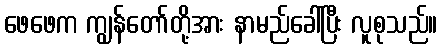
ဖေဖေက ကျွန်တော်တို့အား နာမည်ခေါ်ပြီး လူစုသည်။